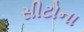
સીટોના